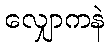
လျှောကနဲ